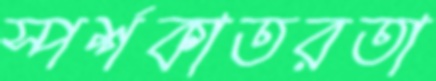
স্পর্শকাতরতা